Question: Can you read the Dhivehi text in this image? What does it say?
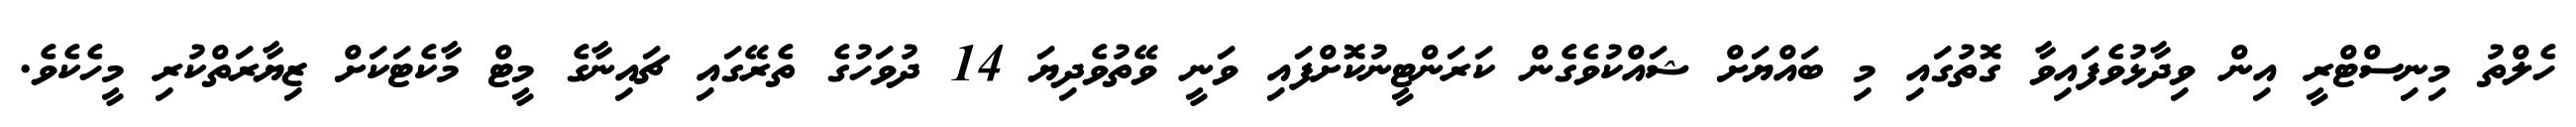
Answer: ހެލްތު މިނިސްޓްރީ އިން ވިދާޅުވެފައިވާ ގޮތުގައި މި ބައްޔަށް ޝައްކުވެގެން ކަރަންޓީނުކޮށްފައި ވަނީ ވޭތުވެދިޔަ 14 ދުވަހުގެ ތެރޭގައި ޗައިނާގެ މީޓް މާކެޓަކަށް ޒިޔާރަތްކުރި މީހެކެވެ.